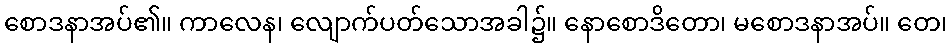
စောဒနာအပ်၏။ ကာလေန၊ လျောက်ပတ်သောအခါ၌။ နောစောဒိတော၊ မစောဒနာအပ်။ တေ၊